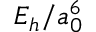
E _ { h } / a _ { 0 } ^ { 6 }